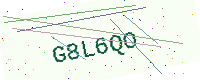
Text: G8L6QO